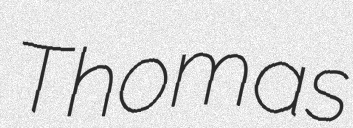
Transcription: Thomas